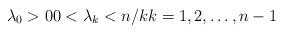
LaTeX: \begin{align*}\lambda_0>0 0<\lambda_k<n/k k=1,2,\ldots ,n-1\end{align*}